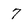
Character: 7